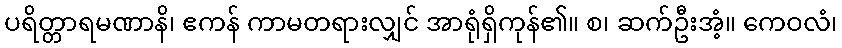
ပရိတ္တာရမဏာနိ၊ ဧကန် ကာမတရားလျှင် အာရုံရှိကုန်၏။ စ၊ ဆက်ဦးအံ့။ ကေဝလံ၊